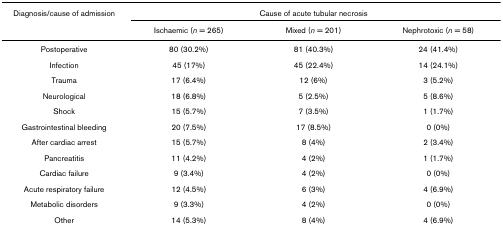
<table><thead><tr><td><b>Diagnosis/cause of admission</b></td><td colspan="3"><b>Cause of acute tubular necrosis</b></td></tr><tr><td></td><td><b>Ischaemic (<i>n </i>= 265)</b></td><td><b>Mixed (<i>n </i>= 201)</b></td><td><b>Nephrotoxic (<i>n </i>= 58)</b></td></tr></thead><tbody><tr><td>Postoperative</td><td>80 (30.2%)</td><td>81 (40.3%)</td><td>24 (41.4%)</td></tr><tr><td>Infection</td><td>45 (17%)</td><td>45 (22.4%)</td><td>14 (24.1%)</td></tr><tr><td>Trauma</td><td>17 (6.4%)</td><td>12 (6%)</td><td>3 (5.2%)</td></tr><tr><td>Neurological</td><td>18 (6.8%)</td><td>5 (2.5%)</td><td>5 (8.6%)</td></tr><tr><td>Shock</td><td>15 (5.7%)</td><td>7 (3.5%)</td><td>1 (1.7%)</td></tr><tr><td>Gastrointestinal bleeding</td><td>20 (7.5%)</td><td>17 (8.5%)</td><td>0 (0%)</td></tr><tr><td>After cardiac arrest</td><td>15 (5.7%)</td><td>8 (4%)</td><td>2 (3.4%)</td></tr><tr><td>Pancreatitis</td><td>11 (4.2%)</td><td>4 (2%)</td><td>1 (1.7%)</td></tr><tr><td>Cardiac failure</td><td>9 (3.4%)</td><td>4 (2%)</td><td>0 (0%)</td></tr><tr><td>Acute respiratory failure</td><td>12 (4.5%)</td><td>6 (3%)</td><td>4 (6.9%)</td></tr><tr><td>Metabolic disorders</td><td>9 (3.3%)</td><td>4 (2%)</td><td>0 (0%)</td></tr><tr><td>Other</td><td>14 (5.3%)</td><td>8 (4%)</td><td>4 (6.9%)</td></tr></tbody></table>